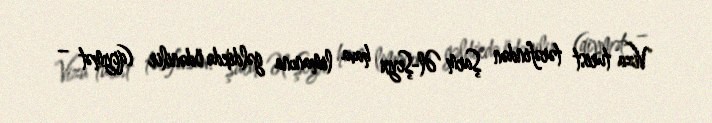
Viza turist tərəfindən Şarm Əl-Şeyx hava limanına gəldikdə ödənilir (qiymət –